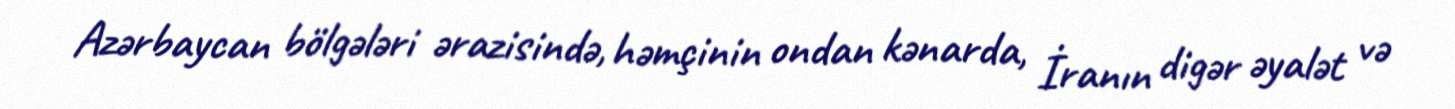
Azərbaycan bölgələri ərazisində, həmçinin ondan kənarda, İranın digər əyalət və